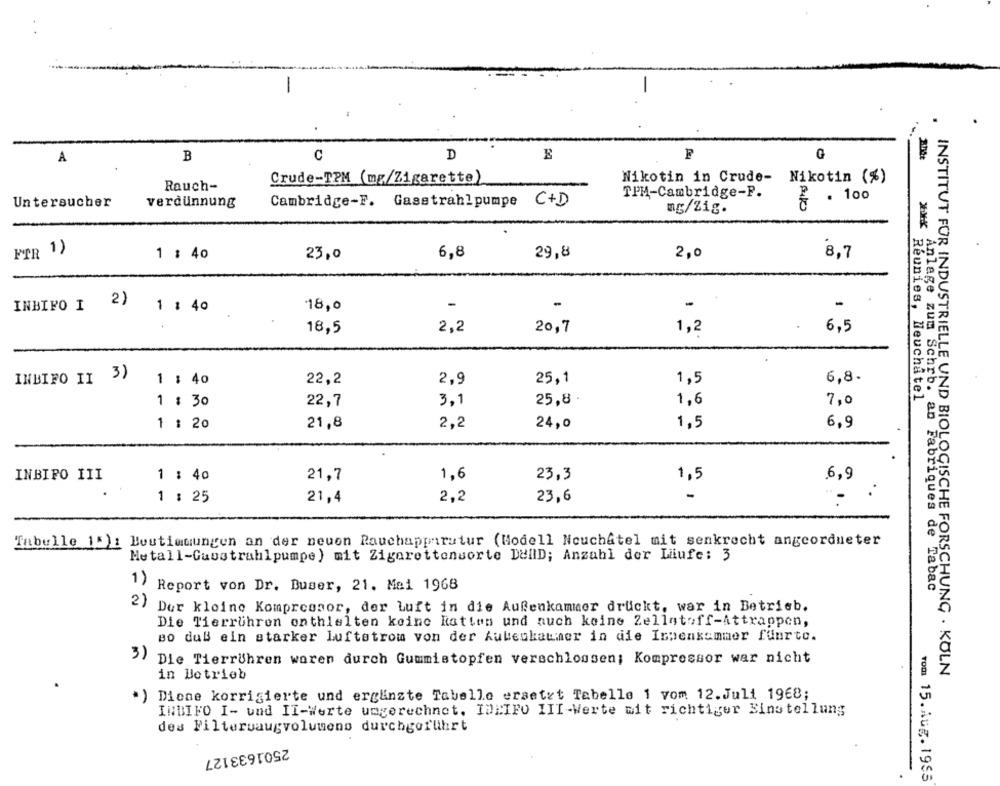
-
-
B
D
G
A
Crude-TPM (mg/Zigarette)
Nikotin in Crude- Nikotin (%)
Rauch-
TPM-Cambridge-P.
. 100
Untersucher
verdünnung
Cambridge-F. Gasstrahlpumpe C+D
ng/Zig.
FTR 1)
1 : 40
23,0
6,8
29,8
2,0
8,7
INBIFO I 2)
-
-
-
1 : 40
18,0
18,5
2,2
20,7
1,2
6,5
INBIFO II 3)
6,8.
1 : 40
22,2
2,9
25,1
1,5
3,1
25,8
1,6
7,0
1 : 30
22,7
Reunies, Neuchatel
1 : 20
21,8
2,2
24,0
1,5
6,9
INBIFO III
1 : 40
21,7
1,6
23,3
1,5
.6,9
-
1 : 25
21,4
2,2
23,6
.-
Tabelle 15)1 Bestimmungen an der neuen Rauchapparutur (Modell Neuchatel mit senkrecht angeordneter
Metall-Gaustrahlpumpe) mit Zigarettensorte DellD; Anzahl der Laufe: 3
1) Report von Dr. Buser, 21. Mai 1968
Anlage zum Schrb. an Fabriques de Tabac
2) Der kleine Kompressor, der Luft in die Aufenkammer druckt, war in Betrieb.
Die Tierrühren enthielten keine Ratten und auch keine Zellstoff-Attrappen,
Bo daß ein starker luftstrom von der Aubeukater in die Impenkammer fuurto.
3)
Die Tierrühren waren durch Gummistopfen verschlossen; Kompressor war nicht
in Betrieb
INSTITUT FOR INDUSTRIELLE UND BIOLOGISCHE FORSCHUNG . KOLN
*) Dione korrigierte und ergänzte Tabelle ersetzt Tabelle 1 vom 12.Juli 1968;
INBIFO I- und II-Werte umgerechnet. IDEIFO III-Werte wit richtiger Einstellung
des Filtervaugvolumens durchgeführt
2501633127
tom 15.Aug. 1955